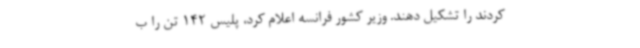
کردند را تشکیل دهند. وزیر کشور فرانسه اعلام کرد، پلیس 142 تن را ب